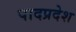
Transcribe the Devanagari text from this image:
पादप्रदेश